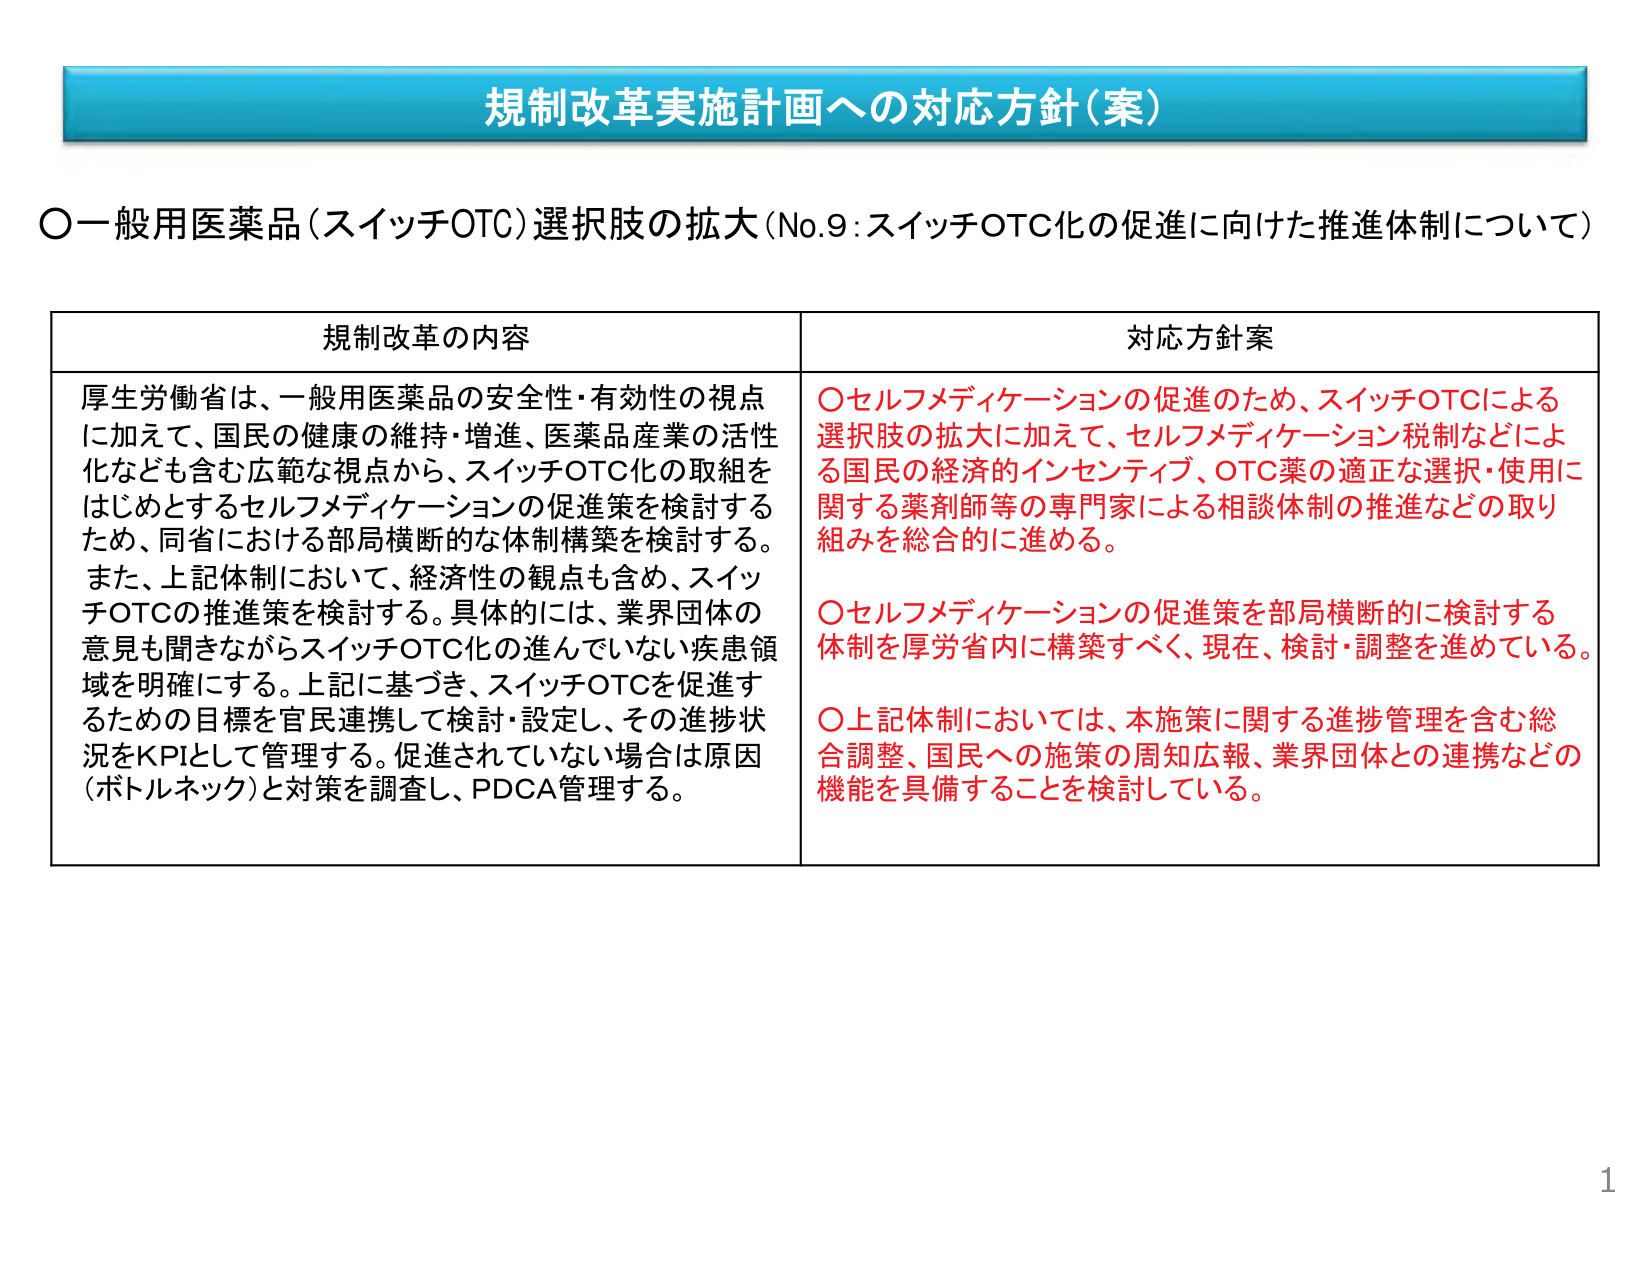
規制改革実施計画への対応方針（案）

○一般用医薬品（スイッチOTC）選択肢の拡大（No.9：スイッチOTC化の促進に向けた推進体制について）

規制改革の内容
厚生労働省は、一般用医薬品の安全性・有効性の視点に加えて、国民の健康の維持・増進、医薬品産業の活性化なども含む広範な視点から、スイッチOTC化の取組をはじめとするセルフメディケーションの促進策を検討するため、同省における部局横断的な体制構築を検討する。また、上記体制において、経済性の観点も含め、スイッチOTCの推進策を検討する。具体的には、業界団体の意見も聞きながらスイッチOTC化の進んでいない疾患領域を明確にする。上記に基づき、スイッチOTCを促進するための目標を官民連携して検討・設定し、その進捗状況をKPIとして管理する。促進されていない場合は原因（ボトルネック）と対策を調査し、PDCA管理する。

対応方針案
○セルフメディケーションの促進のため、スイッチOTCによる選択肢の拡大に加えて、セルフメディケーション税制などによる国民の経済的インセンティブ、OTC薬の適正な選択・使用に関する薬剤師等の専門家による相談体制の推進などの取り組みを総合的に進める。
○セルフメディケーションの促進策を部局横断的に検討する体制を厚労省内に構築すべく、現在、検討・調整を進めている。
○上記体制においては、本施策に関する進捗管理を含む総合調整、国民への施策の周知広報、業界団体との連携などの機能を具備することを検討している。

1